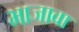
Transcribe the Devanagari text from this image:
भाजावा